Indian journal of veterinary science and animal husbandry - Volume 6,
Year: 1936
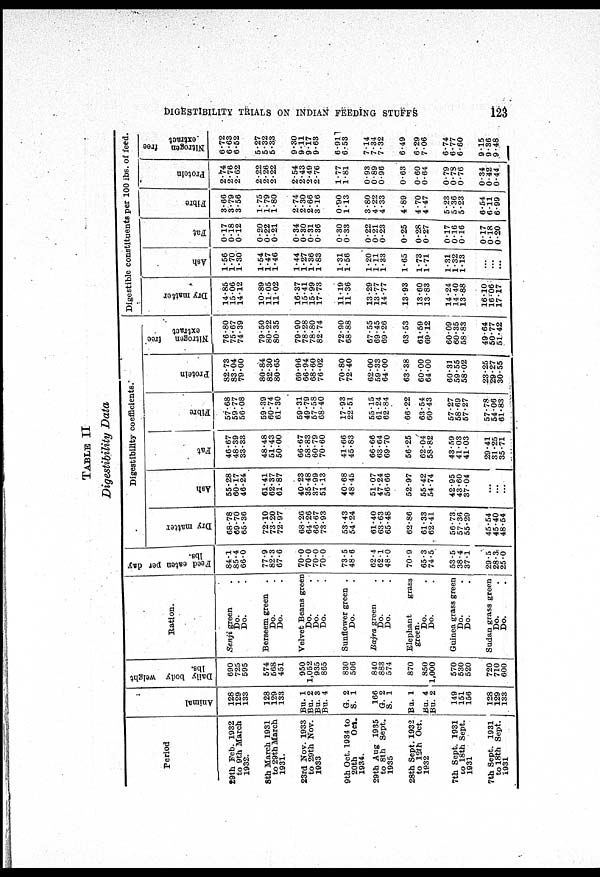
DIGESTIBILITY TRIALS ON INDIAN FEEDING STUFFS 123
TABLE II
Digestibility Data
Period
29th Feb. 1932
to 9th March
1932.
8th March 1931
to 29th March
1931.
23rd Nov. 1933
to 29th Nov.
1933
9th Oct. 1934 to
20th
Oct.
1934.
29th Aug 1935
to 8th Sept.
1935
28th Sept. 1932
to 12th Oct.
1932
7th Sept. 1931
to 18th Sept.
1931
7th Sept. 1931
to 18th Sept.
1931
Anima l
128
129
133
128
129
133
Bu. 1
Bu. 2
Bu. 3
Bu. 4
G. 2
S. 1
166
G. 2
S. 1
Bu. 1
Bu. 4
Bu. 2
149
151
156
128
129
133
Daily body weight
lbs.
690
725
595
574
568
451
950
1,052
935
865
830
506
840
883
574
870
850
1,000
570
530
520
720
710
600
Ration.
Senji green .
Do.
Berseem green
Do.
Do.
Velvet Beans greet
Do.
.
Do.
Do.
Sunflower green .
Do.
Bajra green
Do.
Elephant
grass
green.
Do.
Do.
Guinea grass green
Do.
Do.
Sudan grass green
Do.
Do.
Feed eaten per day
lbs.
84.1
85.4
66.0
77.9
82.3
67.6
70.0
70.0
70.0
70.0
73.5
48.6
62.4
62.1
48.0
70.9
65.3
74.5
53.5
38.4
37.1
29.5
28.3
25.0
Dry matter
68.78
69.70
65.36
72.10
73.20
72.97
68.26
64.26
66.67
73.93
53.43
54.24
61.40
63.63
65.48
62.86
61.33
62.41
56.73
57.36
55.29
45.54
45.40
48.54
Digestibility coefficients.
Ash
55.28
60.17
46.24
61.41
62.37
61.87
40.23
35.48
37.99
51.13
40.68
48.45
51.07
47.24
56.66
52.97
55.42
54.74
42.95
43.60
37.04 ...
...
...
Fat
46.67
48.39
33.33
48.48
51.43
50.00
66.67
58.83
60.79
70.60
41.66
45.83
66.66
63.64
69.70
56.25
62.04
58.82
43.59
41.03
41.03
29.41
31.25
35.71
Fibre
57.68
59.77
56.08
59.39
60.74
61.30
59.31
49.79
57.58
68.40
17.93
22.51
55.15
61.24
62.84
66.22
63.54
60.43
57.27
58.69
57.27
57.78
54.06
61.83
Protein
82.73
83.04
79.00
80.84
82.30
80.65
69.96
66.94
68.60
76.02
70.80
72.40
62.00
59.33
64.00
63.38
60.00
64.00
60.31
59.55
58.02
23.25
29.27
30.55
Nitrogen free
extract
76.80
75.67
74.39
79.50
80.22
80.35
79.90
78.28
78.80
82.74
72.90
68.88
67.55
69.45
69.26
63.53
61.59
69.12
60.09
60.35
58.83
49.64
60.77
51.42
Digestible constituents per 100 lbs. of feed.
Dry matter
14.85
15.06
14.12
10.89
11.05
11.02
16.37
15.41
15.99
17.73
11.19
11.36
13.29
13.77
14.77
13.93
13.60
13.83
14.24
14.40
13.88
16.10
16.06
17.17
Ash
1.56
1.70
1.30
1.54
1.47
1.46
1.44
1.27
1.36
1.83
1.31
1.56
1.20
1.11
1.33
1.65
1.73
1.71
1.31
1.32
1.13
...
...
...
Fat
0.17
0.18
0.12
0.20
0.22
0.21
0.34
0.30
0.31
0.36
0.30
0.33
0.22
0.21
0.23
0.25
0.28
0.27
0.17
0.16
0.16
0.17
0.18
0.20
Fibre
3.66
3.79
3.56
1.75
1.79
1.80
2.74
2.30
2.66
316
0.90
1.13
3.80
4.22
4.33
4.89
4.70
4.47
5.23
5.36
5.23
6.54
6.11
6.99
Protein
2.74
2.76
2.62
2.22
2.26
2.22
2.54
2.43
2.49
2.76
1.77
1.81
0.93
0.89
0.96
0.63
0.60
0.64
0.79
0.78
0.76
0.34
0.42
0.44
Nitrogen free
extract
6.72
6.63
6.52
5.27
5.32
5.33
9.30
9.11
9.17
9.63
6.91
6.53
7.14
7.34
7.32
6.49
6.29
7.06
6.74
6.77
6.60
9.15
9.36
9.48